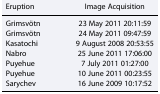
<table><thead><tr><td><b>Eruption</b></td><td><b>Image Acquisition</b></td></tr></thead><tbody><tr><td>Grimsvötn</td><td>23 May 2011 20:11:59</td></tr><tr><td>Grimsvötn</td><td>24 May 2011 09:47:59</td></tr><tr><td>Kasatochi</td><td>9 August 2008 20:53:55</td></tr><tr><td>Nabro</td><td>25 June 2011 17:06:00</td></tr><tr><td>Puyehue</td><td>7 July 2011 01:27:00</td></tr><tr><td>Puyehue</td><td>10 June 2011 00:23:55</td></tr><tr><td>Sarychev</td><td>16 June 2009 10:17:52</td></tr></tbody></table>